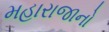
મહારાજાનો